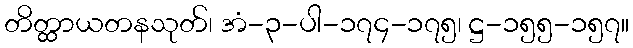
တိတ္ထာယတနသုတ်၊ အံ-၃-ပါ-၁၇၄-၁၇၅၊ ဋ္ဌ-၁၅၅-၁၅၇။